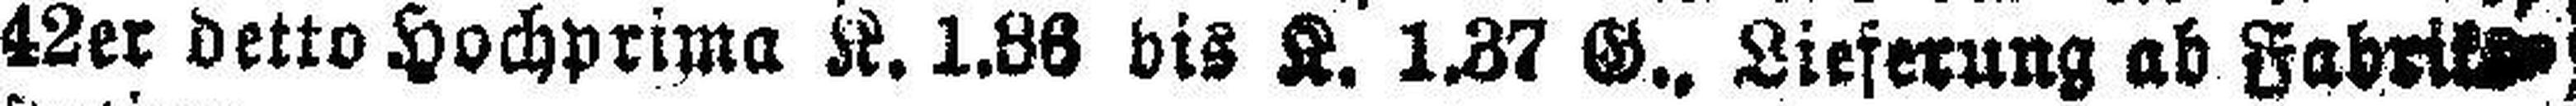
42er detto Hochprima K. 1.86 bis K. 1.37 G., Lieferung ab Fabriks¬